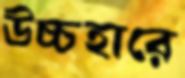
উচ্চহারে